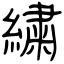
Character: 繍